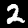
Label: 2